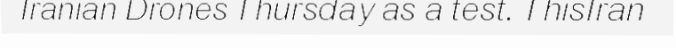
Iranian Drones Thursday as a test. ThisIran